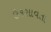
ઉકસાવતા